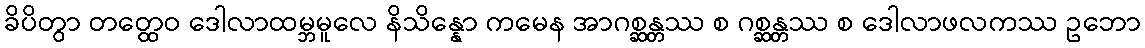
ခိပိတွာ တတ္ထေဝ ဒေါလာထမ္ဘမူလေ နိသိန္နော ကမေန အာဂစ္ဆန္တဿ စ ဂစ္ဆန္တဿ စ ဒေါလာဖလကဿ ဥဘော